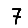
Digit: 7